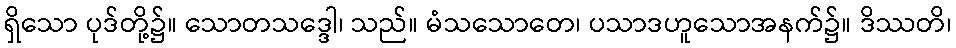
ရှိသော ပုဒ်တို့၌။ သောတသဒ္ဒေါ၊ သည်။ မံသသောတေ၊ ပသာဒဟူသောအနက်၌။ ဒိဿတိ၊